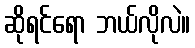
ဆိုရင်ရော ဘယ်လိုလဲ။